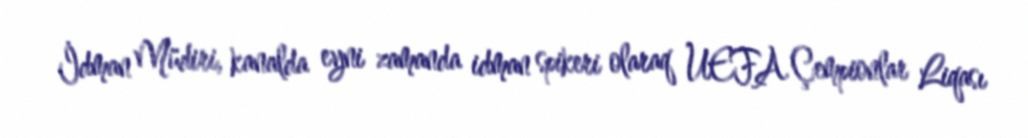
İdman Müdiri, kanalda eyni zamanda idman spikeri olaraq UEFA Çempionlar Liqası